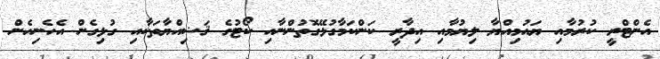
އެންޓްރީ ކުރުމާއި ޔައުމިއްޔާ ލިޔުމާއި އިދާރީ ކަންކަމާގުޅޭގޮތުންނާއި ކޯޓުގެ ޤަޟިއްޔާތަކާއި ގުޅިގެން އެހެނިހެން